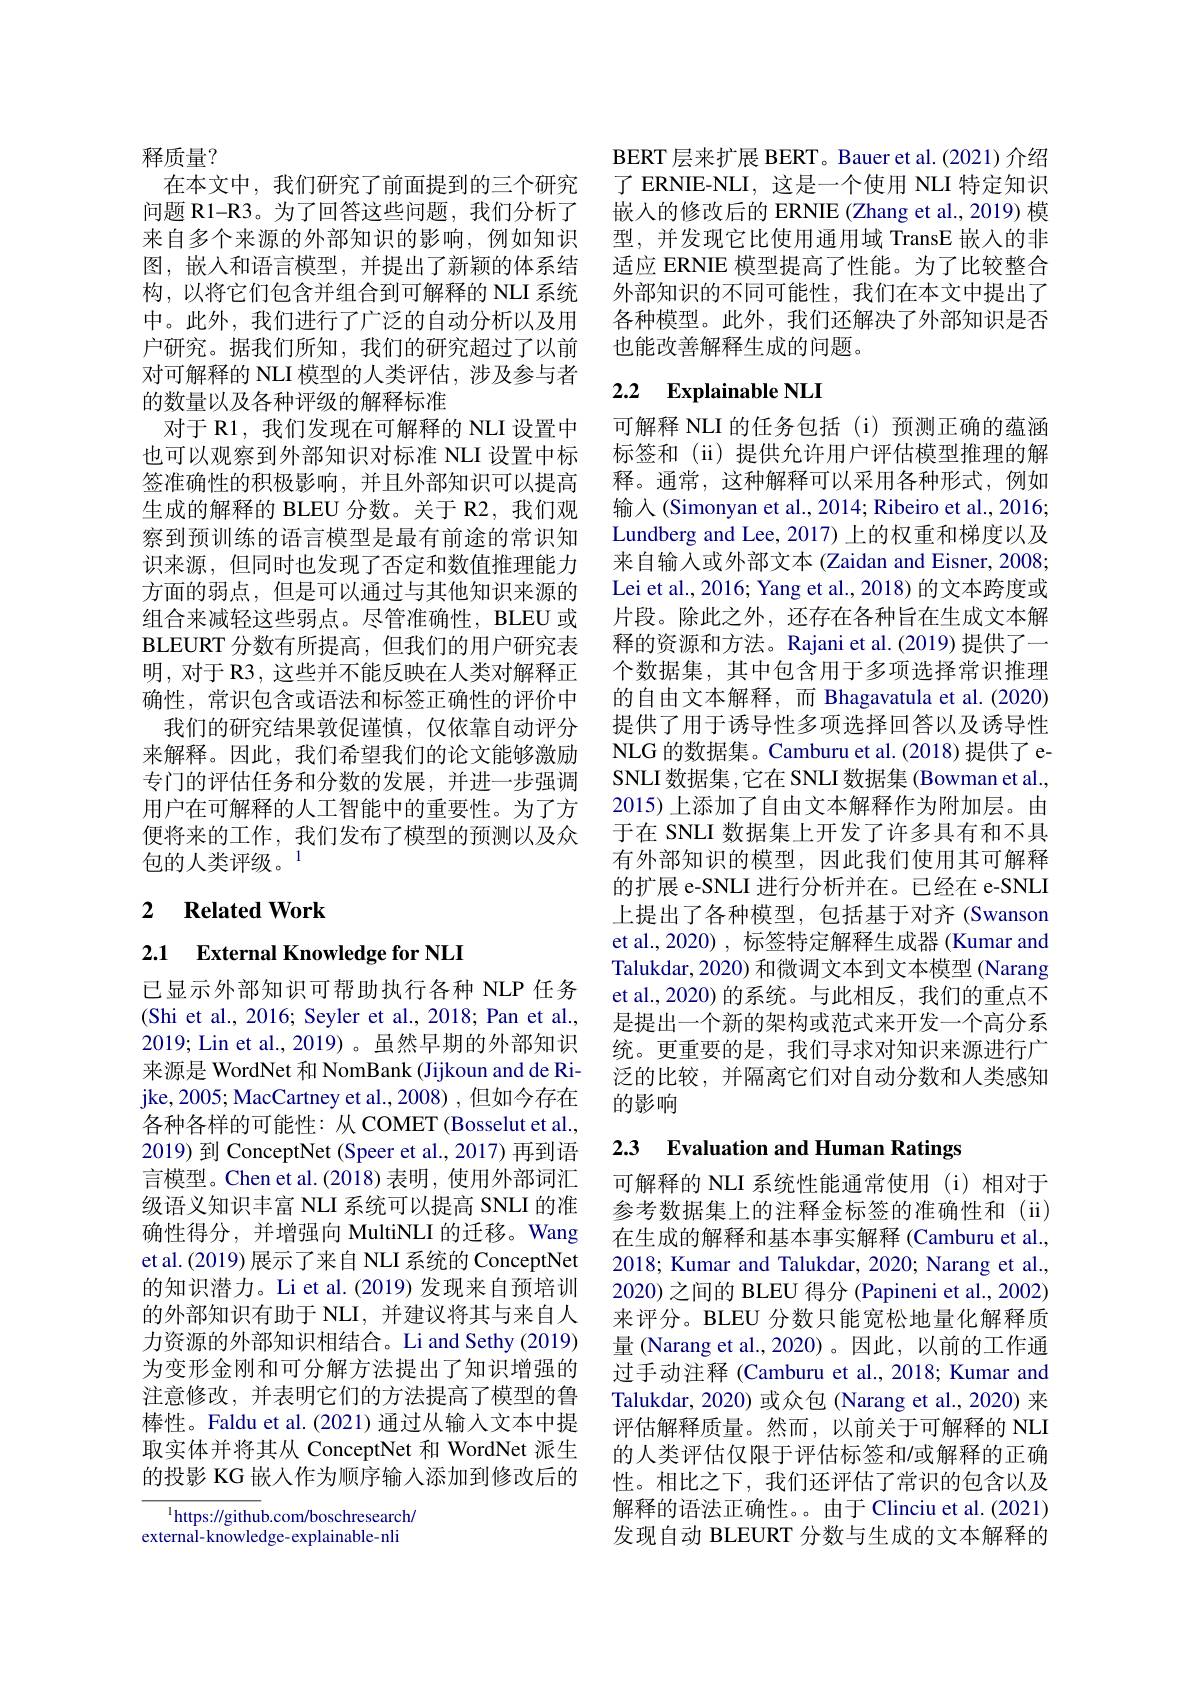
释质量？
在本文中，我们研究了前面提到的三个研究问题 R1-R3。为了回答这些问题，我们分析了来自多个来源的外部知识的影响，例如知识图，嵌入和语言模型，并提出了新颖的体系结构，以将它们包含并组合到可解释的 NLI 系统中。此外，我们进行了广泛的自动分析以及用户研究。据我们所知，我们的研究超过了以前对可解释的 NLI 模型的人类评估，涉及参与者的数量以及各种评级的解释标准
对于 R1, 我们发现在可解释的 NLI 设置中也可以观察到外部知识对标准 NLI 设置中标签准确性的积极影响，并且外部知识可以提高生成的解释的 BLEU 分数。关于 R2,我们观察到预训练的语言模型是最有前途的常识知识来源，但同时也发现了否定和数值推理能力方面的弱点，但是可以通过与其他知识来源的组合来减轻这些弱点。尽管准确性，BLEU 或BLEURT分数有所提高，但我们的用户研究表明，对于 R3, 这些并不能反映在人类对解释正确性，常识包含或语法和标签正确性的评价中
我们的研究结果敦促谨慎，仅依靠自动评分来解释。因此，我们希望我们的论文能够激励专门的评估任务和分数的发展，并进一步强调用户在可解释的人工智能中的重要性。为了方便将来的工作，我们发布了模型的预测以及众包的人类评级。$^{1}$

## 2 $\textbf{Related Work}$

2.1 External Knowledge for NLI

已显示外部知识可帮助执行各种 NLP 任务(Shi et al., 2016; Seyler et al., 2018; Pan et al., 2019; Lin et al.,2019)。虽然早期的外部知识来源是 WordNet 和 NomBank (Jijkoun and de Rijke, 2005; MacCartney et al., 2008) , 但如今存在各种各样的可能性：从 COMET (Bosselut et al., 2019) 到 ConceptNet (Speer et al., 2017) 再到语言模型。Chen et al.(2018) 表明，使用外部词汇级语义知识丰富 NLI 系统可以提高 SNLI 的准确性得分，并增强向 MultiNLI 的迁移。Wang et al.(2019) 展示了来自 NLI 系统的 ConceptNet 的知识潜力。Li et al.(2019)发现来自预培训的外部知识有助于 NLI, 并建议将其与来自人力资源的外部知识相结合。Li and Sethy (2019) 为变形金刚和可分解方法提出了知识增强的注意修改，并表明它们的方法提高了模型的鲁棒性。Faldu et al.(2021) 通过从输入文本中提取实体并将其从 ConceptNet 和 WordNet 派生的投影 KG 嵌人作为顺序输入添加到修改后的

$^{1}$https://github.com/boschresearch/ external-knowledge-explainable-nli

BERT 层来扩展 BERT。Bauer et al.(2021)介绍了 ERNIE-NLI, 这是一个使用 NLI 特定知识嵌入的修改后的 ERNIE (Zhang et al., 2019) 模型，并发现它比使用通用域 TransE 嵌入的非适应 ERNIE 模型提高了性能。为了比较整合外部知识的不同可能性，我们在本文中提出了各种模型。此外，我们还解决了外部知识是否也能改善解释生成的问题。

## 2.2 Explainable NLI

可解释 NLI 的任务包括 (i)预测正确的蕴涵标签和 (ii) 提供允许用户评估模型推理的解释。通常，这种解释可以采用各种形式，例如输入(Simonyan et al., 2014; Ribeiro et al., 2016; Lundberg and Lee, 2017) 上的权重和梯度以及来自输入或外部文本 (Zaidan and Eisner, 2008; Lei et al., 2016; Yang et al., 2018) 的文本跨度或片段。除此之外，还存在各种旨在生成文本解释的资源和方法。Rajani et al.(2019) 提供了一个数据集，其中包含用于多项选择常识推理的自由文本解释，而 Bhagavatula et al.(2020) 提供了用于诱导性多项选择回答以及诱导性NLG 的数据集。Camburu et al.(2018) 提供了 eSNLI 数据集，它在 SNLI 数据集 (Bowman et al., 2015)上添加了自由文本解释作为附加层。由于在 SNLI 数据集上开发了许多具有和不具有外部知识的模型，因此我们使用其可解释的扩展 e-SNLI 进行分析并在。已经在 e-SNLI 上提出了各种模型，包括基于对齐(Swanson et al., 2020) , 标签特定解释生成器 (Kumar and Talukdar, 2020) 和微调文本到文本模型 (Narang et al., 2020) 的系统。与此相反，我们的重点不是提出一个新的架构或范式来开发一个高分系统。更重要的是，我们寻求对知识来源进行广泛的比较，并隔离它们对自动分数和人类感知的影响

# 2.3 Evaluation and Human Ratings

可解释的 NLI 系统性能通常使用 (i)相对于参考数据集上的注释金标签的准确性和(ii) 在生成的解释和基本事实解释 (Camburu et al., 2018; Kumar and Talukdar, 2020; Narang et al., 2020) 之间的 BLEU 得分 (Papineni et al., 2002) 来评分。BLEU 分数只能宽松地量化解释质量 (Narang et al., 2020)。因此，以前的工作通过手动注释 (Camburu et al., 2018; Kumar and Talukdar, 2020) 或众包 (Narang et al., 2020) 来评估解释质量。然而，以前关于可解释的 NLI 的人类评估仅限于评估标签和/或解释的正确性。相比之下，我们还评估了常识的包含以及解释的语法正确性。。由于 Clinciu et al. (2021) 发现自动 BLEURT 分数与生成的文本解释的